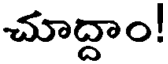
చూద్దాం!